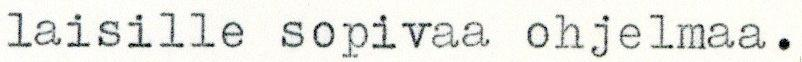
laisille sopivaa ohjelmaa.